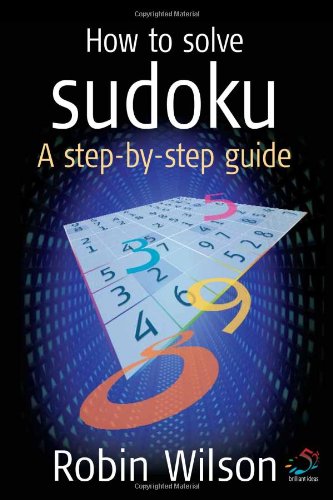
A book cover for How to Solve Sudoku: A Step-by-Step Guide; Robin Wilson; Humor & Entertainment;